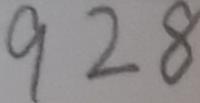
9 2 8